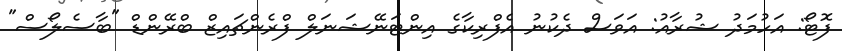
ފޮޓޯ: އަހުމަދު ޝުރާއު: އަވަސް ދެކުނު އެފްރިކާގެ އިންޓަނޭޝަނަލް ފްރެންޗައިޒް ބްރޭންޑް "ބާސެލޯސް"